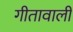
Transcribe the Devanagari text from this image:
गीतावाली